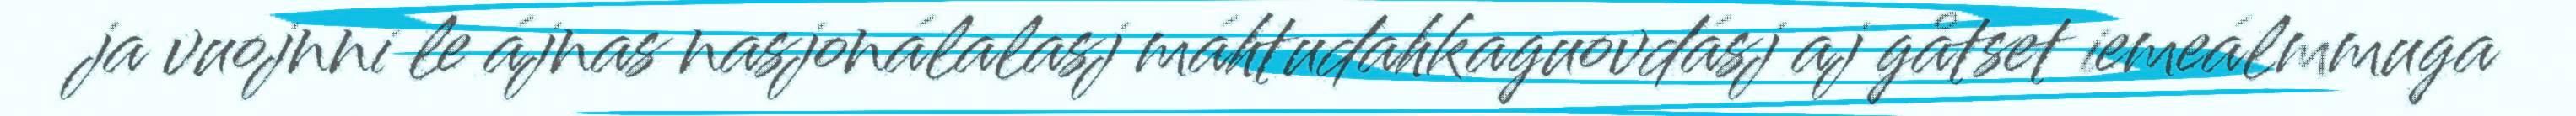
ja vuojnni le ájnas nasjonálalasj máhtudahkaguovdásj aj gåtset iemeálmmuga